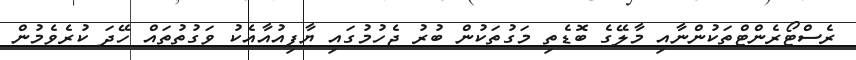
ރެސްޓޯރެންޓްތަކުންނާއި މާލޭގެ ބޮޑެތި މަގުތަކުން ބުރު ޖެހުމުގައި ޔާފިއުއާއެކު ވަގުތުތައް ހޭދަ ކުރެވެމުން